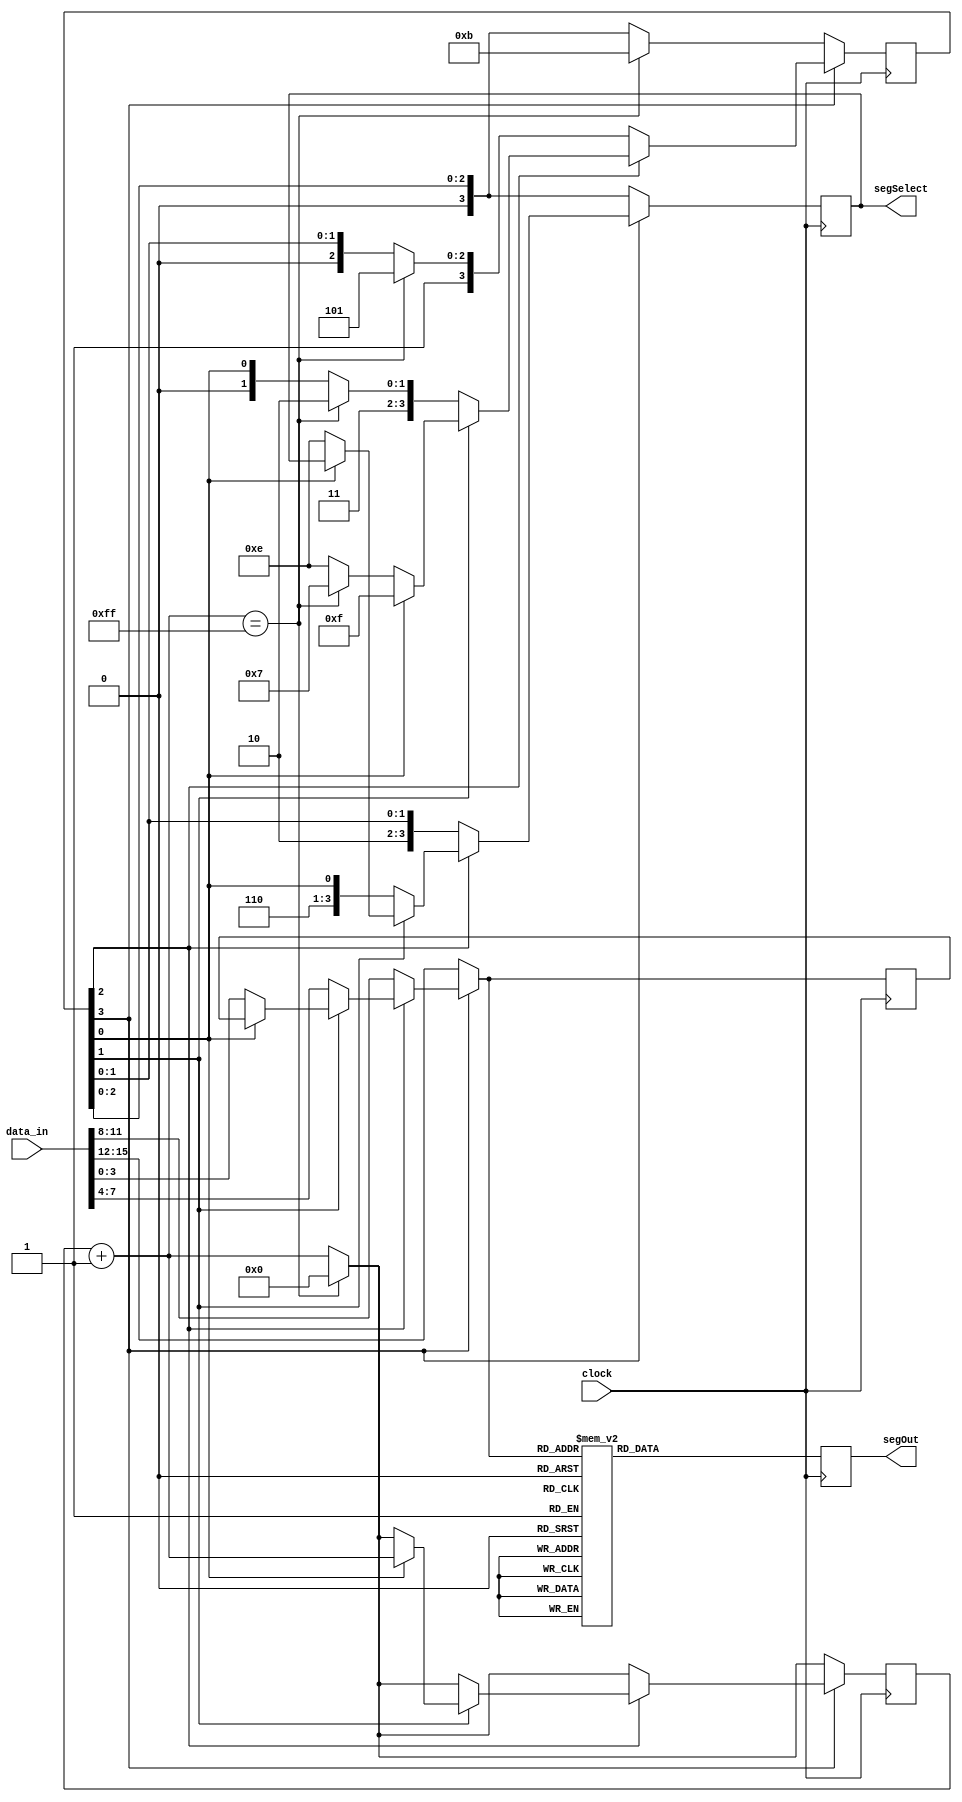
`timescale 1ns / 1ps
//////////////////////////////////////////////////////////////////////////////////
// Company: 
// Engineer: 
// 
// Design Name: 
// Module Name:    SegDebug 
// Project Name: 
// Target Devices: 
// Tool versions: 
// Description: 
//
// Dependencies: 
//
// Revision: 
// Revision 0.01 - File Created
// Additional Comments: 
//
//////////////////////////////////////////////////////////////////////////////////
module SegDebug(
    input [15:0] data_in,
	 input clock,
    output reg [6:0] segOut,
	 output reg [3:0] segSelect
    );
    reg [7:0] limiter;
    reg [3:0] seg;
    reg [3:0] digSelect;
    reg [2:0] CS, NS;
    localparam dig1 = 0, dig2 = 1, dig3 = 2, dig4 = 3, buf1 = 4, buf2 = 5, buf3 = 6, buf4 = 7;
    initial CS = dig1;
    initial NS = dig1;
	 initial seg = 4'b0111;
    initial limiter = 8'd0;
    // Next-State Updating
	 always@(posedge clock)
	 begin
    limiter = limiter + 1'b1;
      if (seg[3] == 1'b0)
      begin
         digSelect = data_in[15:12];
         segSelect <= seg;
         if (limiter == 255)
         begin
            seg <= 4'b1011;
            limiter = 8'b0000_0000;
         end
      end
      else if (seg[2] == 1'b0)
      begin
         digSelect = data_in[11:8];
         segSelect <= seg;
         if (limiter == 255)
         begin
            seg <= 4'b1101;
            limiter = 8'b0000_0000;
         end
      end
      else if (seg[1] == 1'b0)
      begin
         digSelect = data_in[7:4];
         segSelect <= seg;
         if (limiter == 255)
         begin
            seg <= 4'b1110;
            limiter = 8'b0000_0000;
         end
      end
      else if (seg[0] == 1'b0)
      begin
         digSelect = data_in[3:0];
         segSelect <= seg;
         if (limiter == 255)
         begin
            seg <= 4'b0111;
            limiter = 8'b0000_0000;
         end
      end
      
      case (digSelect)
         0: segOut <= 7'b0000001;
         1: segOut <= 7'b1001111;
         2: segOut <= 7'b0010010;
         3: segOut <= 7'b0000110;
         4: segOut <= 7'b1001100;
         5: segOut <= 7'b0100100;
         6: segOut <= 7'b0100000;
         7: segOut <= 7'b0001111;
         8: segOut <= 7'b0000000;
         9: segOut <= 7'b0000100;
         10: segOut <= 7'b0001000;
         11: segOut <= 7'b1100000;
         12: segOut <= 7'b0110001;
         13: segOut <= 7'b1000010;
         14: segOut <= 7'b0110000;
         15: segOut <= 7'b0111000;
      endcase
    end
	
	 




endmodule